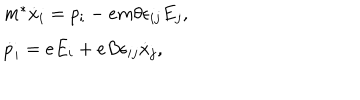
\begin{array} { l l } { { } } & { { m ^ { * } \dot { x } _ { i } = p _ { i } - e m \theta \epsilon _ { i j } E _ { j } , } } \\ { { } } & { { \dot { p } _ { i } = e E _ { i } + e B \epsilon _ { i j } \dot { x } _ { j } , } } \\ \end{array}